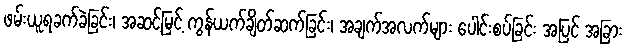
ဖမ်းယူရခက်ခဲခြင်း၊ အဆင့်မြင့် ကွန်ယက်ချိတ်ဆက်ခြင်း၊ အချက်အလက်များ ပေါင်းစပ်ခြင်း အပြင် အခြား